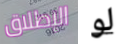
الإطلاق لو